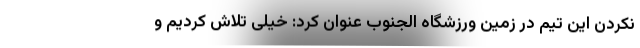
نکردن این تیم در زمین ورزشگاه الجنوب عنوان کرد: خیلی تلاش کردیم و